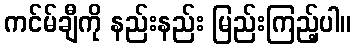
ကင်မ်ချီကို နည်းနည်း မြည်းကြည့်ပါ။